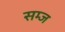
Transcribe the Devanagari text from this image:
सम्ज